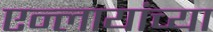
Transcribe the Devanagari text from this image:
एन्लायांच्या